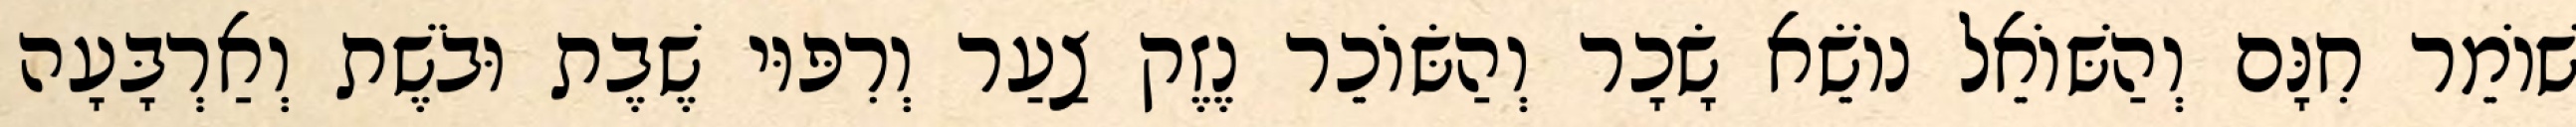
שׁוֹמֵר חִנָּם וְהַשּׁוֹאֵל נוֹשֵׂא שָׂכָר וְהַשּׂוֹכֵר נֶזֶק צַעַר וְרִפּוּי שֶׁבֶת וּבֹשֶׁת וְאַרְבָּעָה